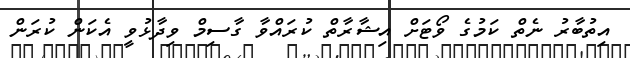
އިތުބާރު ނެތް ކަމުގެ ވޯޓަށް އިޝާރާތް ކުރައްވާ ގާސިމް ވިދާޅުވީ އެކަން ކުރަން